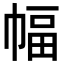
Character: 幅